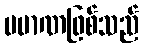
ပမာဏဖြစ်သည်